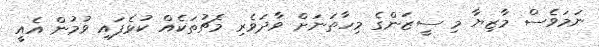
ނަމަވެސް މާޒިޔާ މި ސީޒަންގެ މިހާތަނަށް ވާދަވެރި މެޗުތަކެއް ކުޅެފައި ވުމުން އެއީ